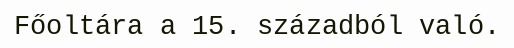
Főoltára a 15. századból való.